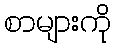
စာများကို